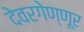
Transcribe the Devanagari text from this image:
देवरगेण्णूर